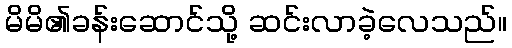
မိမိ၏ခန်းဆောင်သို့ ဆင်းလာခဲ့လေသည်။